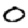
Digit: 0